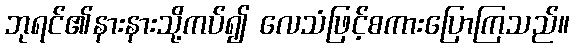
ဘုရင်၏နားနားသို့ကပ်၍ လေသံဖြင့်စကားပြောကြသည်။